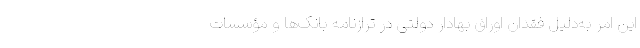
این امر به‌دلیل فقدان اوراق بهادار دولتی در ترازنامه بانک‌ها و مؤسسات